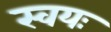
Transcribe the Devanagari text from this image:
स्वयः